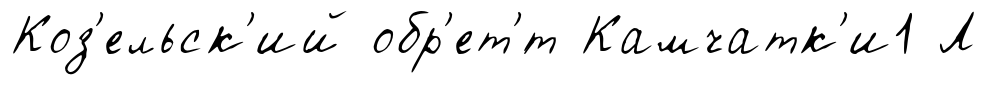
Коз'ельск'ий обр'ет'́т Камчатк'и1 Л